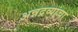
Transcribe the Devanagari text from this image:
अन्नद्रव्यांचा